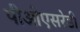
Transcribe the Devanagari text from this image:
पीओएसरेडी